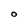
Character: O